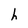
Character: h